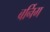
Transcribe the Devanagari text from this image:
बर्निग